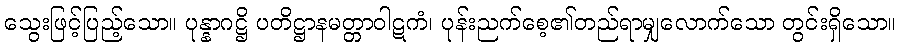
သွေးဖြင့်ပြည့်သော။ ပုန္နာဂဋ္ဌိ ပတိဋ္ဌာနမတ္တာဝါဋကံ၊ ပုန်းညက်စေ့၏တည်ရာမျှလောက်သော တွင်းရှိသော။